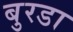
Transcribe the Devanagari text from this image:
बुरडा